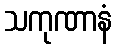
သကုဏာနံ